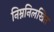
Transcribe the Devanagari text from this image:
निम्ननिलखित